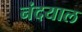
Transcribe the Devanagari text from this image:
नंदयाल